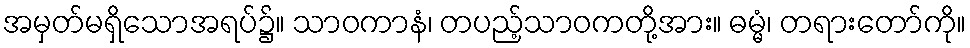
အမှတ်မရှိသောအရပ်၌။ သာဝကာနံ၊ တပည့်သာဝကတို့အား။ ဓမ္မံ၊ တရားတော်ကို။